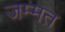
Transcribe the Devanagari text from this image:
जम्मत